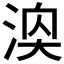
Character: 𪶓